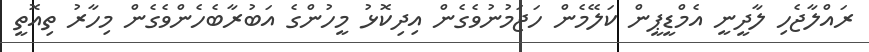
ރައްލާޖެހި ލާދީނީ އެމްޑީޕީން ކަލޭމެން ހަޖަމުނުވެގެން އިދިކޮޅު މީހުންގެ އަބުރާބެހެންވެގެން މިހާރު ތިއޮތީ